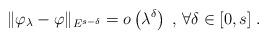
LaTeX: \begin{align*}\| \varphi_\lambda -\varphi \|_{E^{s-\delta }}=o\left( \lambda^{\delta}\right) \;,\, \forall \delta \in {[0,s]}\;.\end{align*}